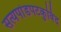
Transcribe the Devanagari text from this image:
सत्यपांडपटकुविंद